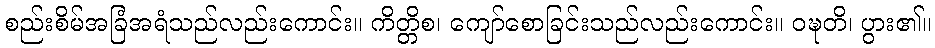
စည်းစိမ်အခြံအရံသည်လည်းကောင်း။ ကိတ္တိစ၊ ကျော်စောခြင်းသည်လည်းကောင်း။ ဝဍ္ဎတိ၊ ပွား၏။